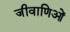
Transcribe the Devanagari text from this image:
जीवाणिओं